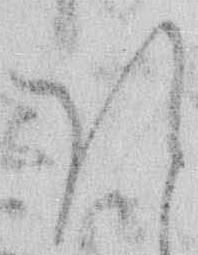
ほ